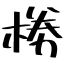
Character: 椦